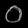
Digit: ၀